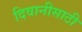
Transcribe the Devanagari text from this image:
दिवानीसाठी